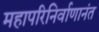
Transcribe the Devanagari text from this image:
महापरिनिर्वाणानंत